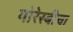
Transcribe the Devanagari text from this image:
मोरेस्बीचा